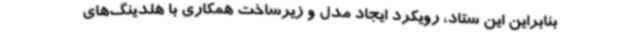
بنابراین این ستاد، رویکرد ایجاد مدل و زیرساخت همکاری با هلدینگ‌های